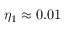
\eta _ { 1 } \approx 0 . 0 1